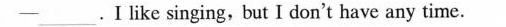
——___ .I like singing, but I don't have any time.